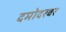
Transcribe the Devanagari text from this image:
दमोदरवर